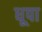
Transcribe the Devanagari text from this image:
धूपा